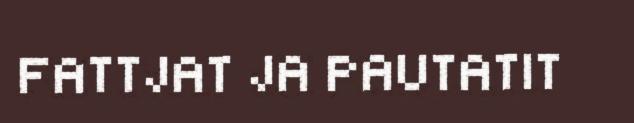
FATTJAT JA PAUTATIT